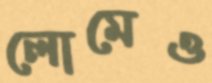
লোমেও